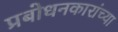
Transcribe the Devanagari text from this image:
प्रबोधनकारांच्या